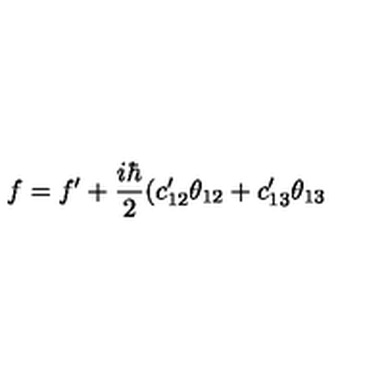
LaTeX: f = f ^ { \prime } + { \frac { i \hbar } { 2 } } ( c _ { 1 2 } ^ { \prime } \theta _ { 1 2 } + c _ { 1 3 } ^ { \prime } \theta _ { 1 3 }